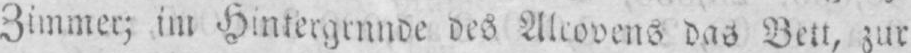
des Alcovens das Bett, zur